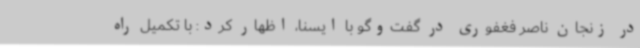
در زنجان ناصر فغفوری در گفت‌وگو با ایسنا، اظهار کرد: با تکمیل راه